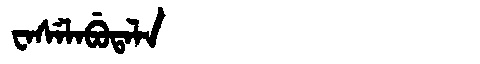
Manchu: ᠸᠠᠰᡝᠯᠠᠪᡠᡨᠠᠯᠠ
Romanization: WASELABUTALA